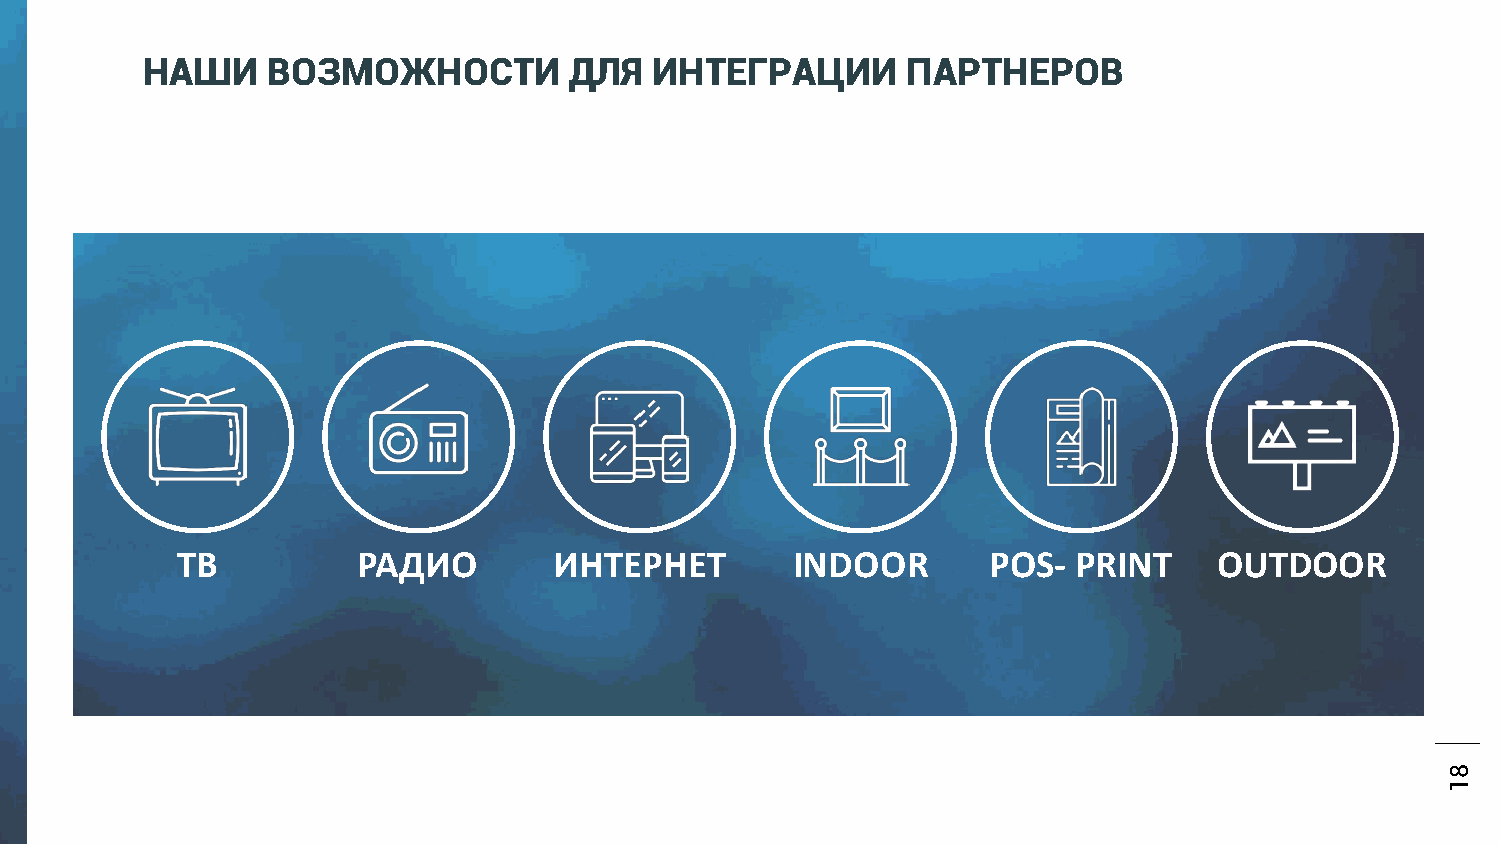
НАШИ     ВОЗМОЖНОСТИ         ДЛЯ  ИНТЕГРАЦИИ       ПАРТНЕРОВ
 ТВ          РАДИО        ИНТЕРНЕТ       INDOOR       POS-  PRINT     OUTDOOR
 81